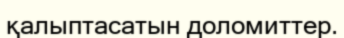
қалыптасатын доломиттер.